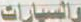
والسيارات